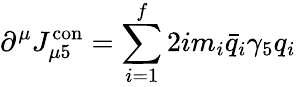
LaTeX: \partial^{\mu}J_{\mu 5}^{\mathrm{con}}=\sum_{i=1}^{f}2im_{i}\bar{q}_{i}\gamma_{5}q_{i}